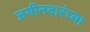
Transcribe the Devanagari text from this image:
जमीनदारंच्या